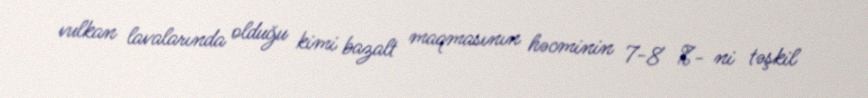
vulkan lavalarında olduğu kimi bazalt maqmasının həcminin 7-8 %- ni təşkil